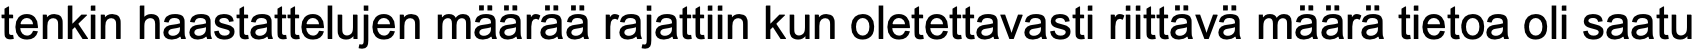
tenkin haastattelujen määrää rajattiin kun oletettavasti riittävä määrä tietoa oli saatu